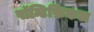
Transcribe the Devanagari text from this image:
पॉन्टिफ़िकल